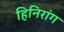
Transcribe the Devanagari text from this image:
हिनिरांग